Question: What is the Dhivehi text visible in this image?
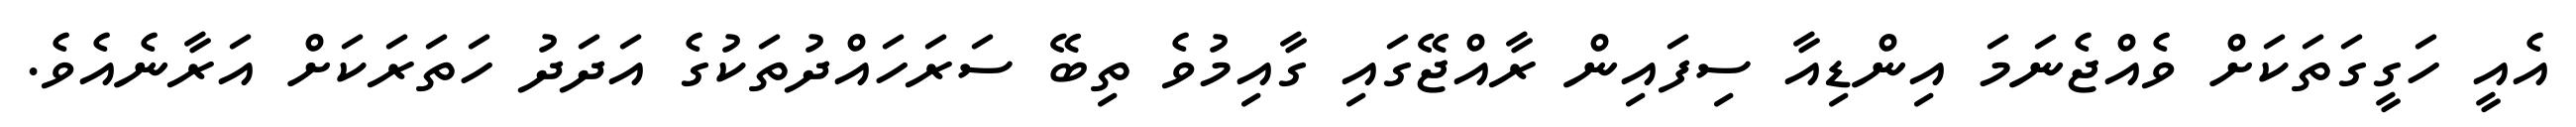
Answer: އެއީ ހަގީގަތަކަށް ވެއްޖެނަމަ އިންޑިއާ ސިފައިން ރާއްޖޭގައި ގާއިމުވެ ތިބޭ ސަރަހައްދުތަކުގެ އަދަދު ހަތަރަކަށް އަރާނެއެވެ.